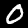
Label: 0